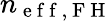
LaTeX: n_{\mathrm{~e~f~f~,~F~H~}}